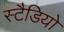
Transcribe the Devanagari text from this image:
स्टैडियो